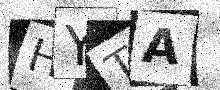
Text: HYTA